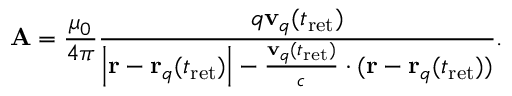
\mathbf { A } = { \frac { \mu _ { 0 } } { 4 \pi } } { \frac { q \mathbf { v } _ { q } ( t _ { \mathrm { { r e t } } } ) } { \left| \mathbf { r } - \mathbf { r } _ { q } ( t _ { \mathrm { { r e t } } } ) \right| - { \frac { \mathbf { v } _ { q } ( t _ { \mathrm { { r e t } } } ) } { c } } \cdot ( \mathbf { r } - \mathbf { r } _ { q } ( t _ { \mathrm { { r e t } } } ) ) } } .